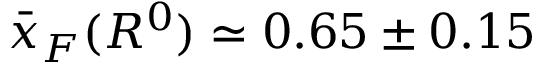
\bar { x } _ { F } ( R ^ { 0 } ) \simeq 0 . 6 5 \pm 0 . 1 5